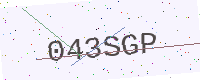
Text: 043SGP